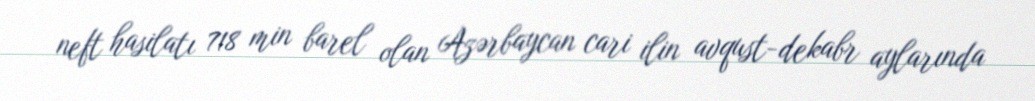
neft hasilatı 718 min barel olan Azərbaycan cari ilin avqust-dekabr aylarında